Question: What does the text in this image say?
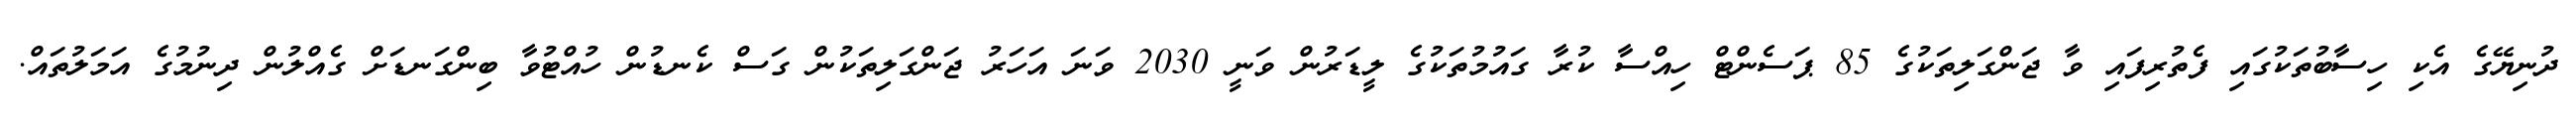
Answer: ދުނިޔޭގެ އެކި ހިސާބުތަކުގައި ފެތުރިފައި ވާ ޖަންގަލިތަކުގެ 85 ޕަސެންޓް ހިއްސާ ކުރާ ގައުމުތަކުގެ ލީޑަރުން ވަނީ 2030 ވަނަ އަހަރު ޖަންގަލިތަކުން ގަސް ކެނޑުން ހުއްޓުވާ ބިންގަނޑަށް ގެއްލުން ދިނުމުގެ އަމަލުތައް.